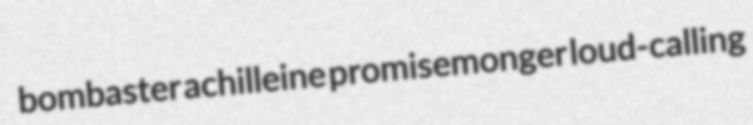
bombaster achilleine promisemonger loud-calling